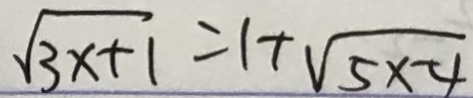
\sqrt { 3 x + 1 } = 1 + \sqrt { 5 x - 4 }